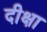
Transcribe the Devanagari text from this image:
दीक्षा